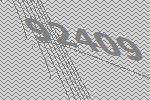
92409